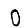
Digit: 0